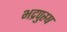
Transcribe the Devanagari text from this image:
भद्रपुस्र्ष